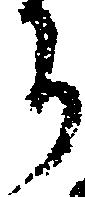
ち